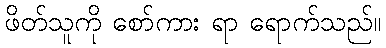
ဖိတ်သူကို စော်ကား ရာ ရောက်သည်။